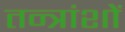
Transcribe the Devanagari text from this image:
तन्त्रांशों